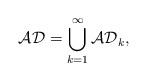
LaTeX: \begin{align*}\mathcal{AD}=\bigcup_{k=1}^{\infty}\mathcal{AD}_k,\end{align*}